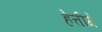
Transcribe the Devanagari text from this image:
हेत्तीगे